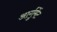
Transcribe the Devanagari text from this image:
आर्गुमेंट